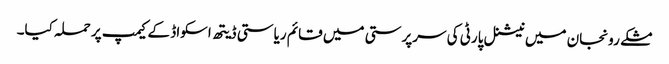
مشکے رونجان میں نیشنل پارٹی کی سرپرستی میں قائم ریاستی ڈیتھ اسکواڈ کے کیمپ پر حملہ کیا۔